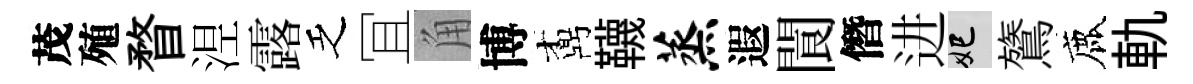
茂殖瞀𣵀露乏冝角博鼒韈蒸遐閬僭进妃鷟鹿軌